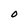
Character: O